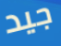
جيد